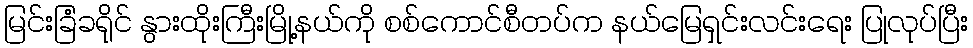
မြင်းခြံခရိုင် နွားထိုးကြီးမြို့နယ်ကို စစ်ကောင်စီတပ်က နယ်မြေရှင်းလင်းရေး ပြုလုပ်ပြီး